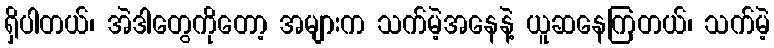
ရှိပါတယ်၊ အဲဒါတွေကိုတော့ အများက သက်မဲ့အနေနဲ့ ယူဆနေကြတယ်၊ သက်မဲ့